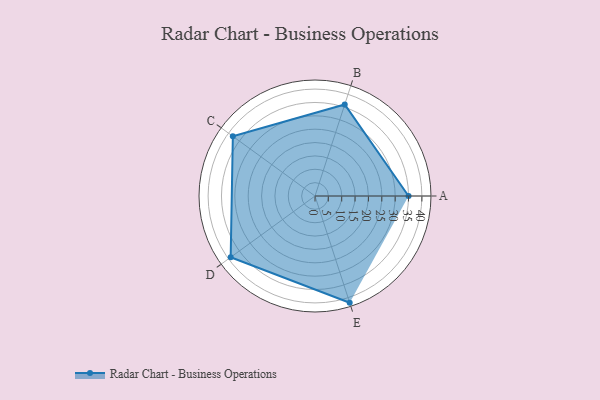
{"axis": {"x": "Skill", "y": "Score"}, "legend": ["Profile"], "data": [{"x": "A", "y": 35.0, "type": "Profile"}, {"x": "B", "y": 36.0, "type": "Profile"}, {"x": "C", "y": 38.0, "type": "Profile"}, {"x": "D", "y": 39.0, "type": "Profile"}, {"x": "E", "y": 42.0, "type": "Profile"}]}